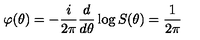
\varphi ( \theta ) = - \frac i { 2 \pi } \frac d { d \theta } \log S ( \theta ) = \frac 1 { 2 \pi }